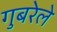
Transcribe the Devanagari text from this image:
गुबरेले